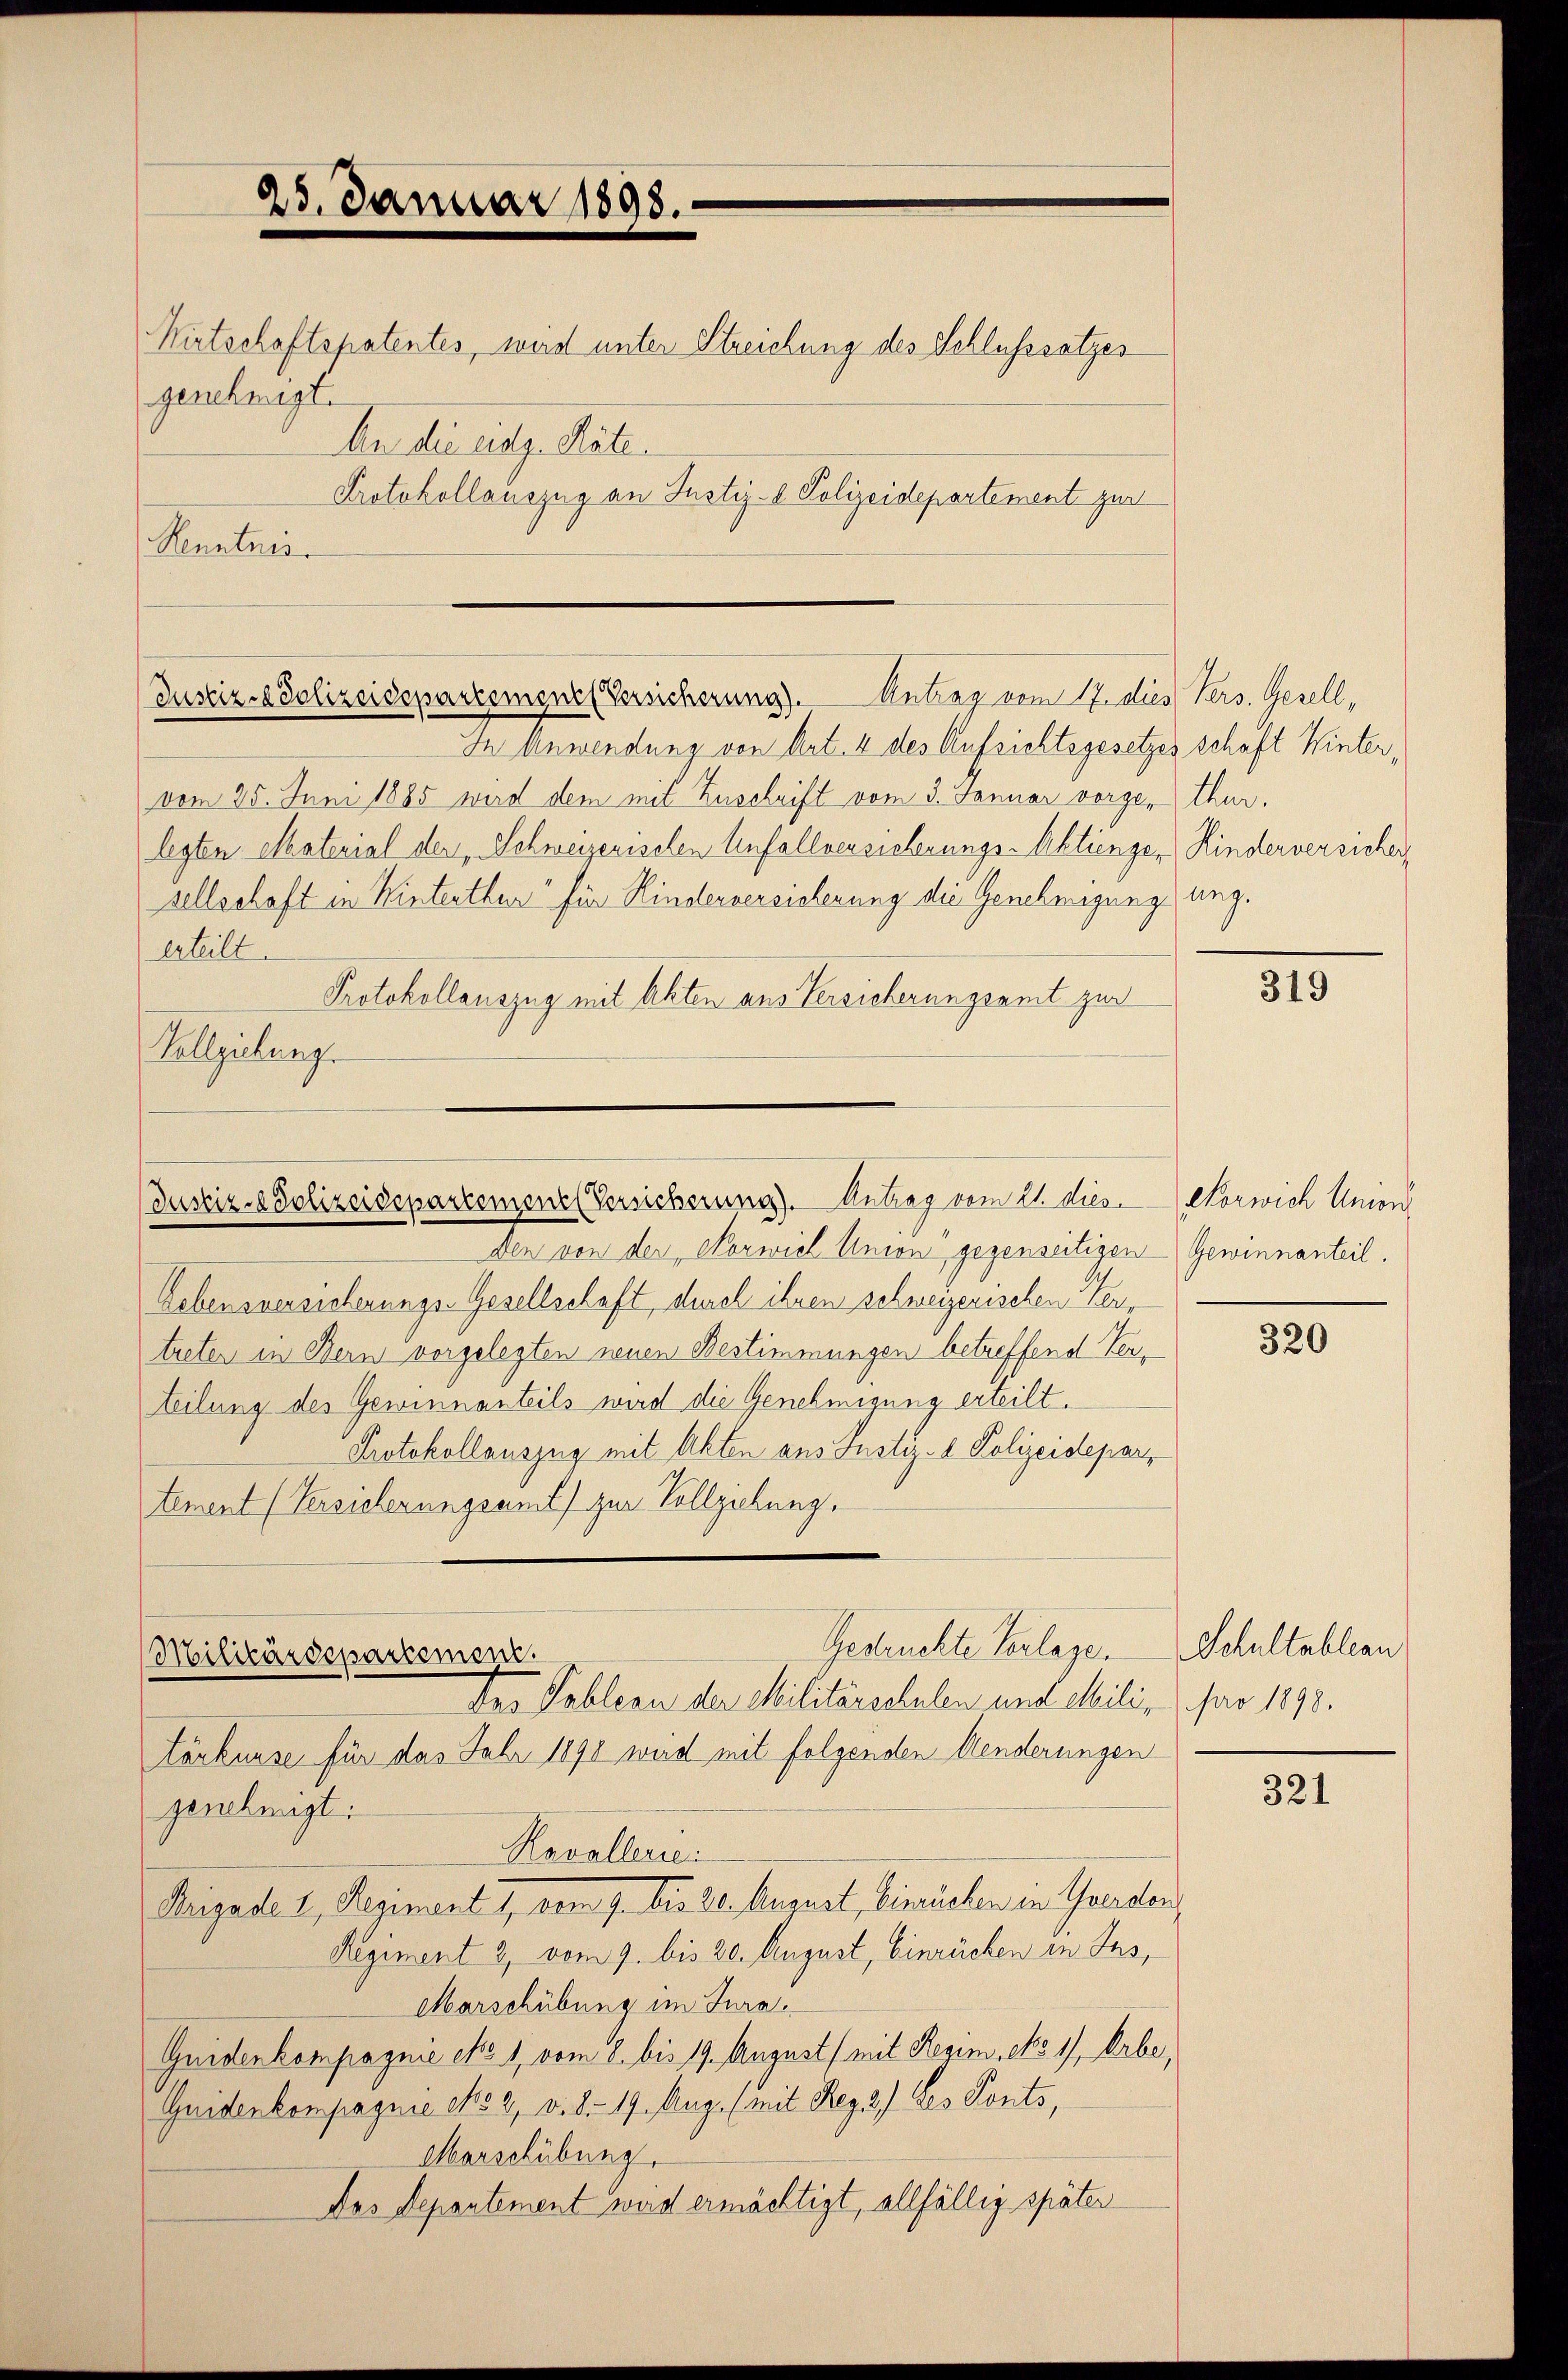
Protokollauszug an Justiz- & Polizeidepartement zur
Rnaturer

25. Januar 1898.

Justiz- & Polizeidepartemene Versicherung). Antrag vom Studies Vers. Gesell,

Wirtschaftspatentes, wird unter Streichung des Schlusssatzes
genehmigt.
An die eidg. Räte.

In Anwendung von Art. 4 des Aufsichtsgesetzes schaft Wintervom 25. Juni 1885 wird dem mit Zuschrift vom 3. Januar vorge-thur.
legten Material der Schweizerischen Anfallversicherungs-Aktienger, Kinderversicher
sellschaft in Winterthur für Kinderversicherung die Genehmigung ung.
erteilt.
Protokollauszug mit Akten aus Versicherungsamt zur
Vollziehung.

Den von der Norwiel Union gegenseitigen Gewinnanteil.
Lebensversicherungs-Gesellschaft, durch ihren schweizerischen Vertreten in Bern vorgelegten neuen Bestimmungen betreffend Verteilung des Gewinnanteils wird die Genehmigung erteilt.
Protokollauszug mit Akten aus Justiz- & Polizeidepartement (Versicherungsamt zur Vollziehung.

Justiz- & Polizeidepartemene Versicherung). Antrag vom 21. Dien

Gestruckte Vorlage. Schultableau
Militärdepartement.
Der Tableau der Militärschulen und Mili far 1898.

törkurse für das Jahr 1890 wird mit folgenden Aenderungen
genehmigt:
Kavallerie:
Brigade 1, Regiment 1, vom 9. bis 20. August, binrüchen in Yverden
Regiment 3, vom 9. bis 20. August, Einrücken in Ins,
Marschübung im Jura.
Guidenkompagnie eo 1, vom 8. bis 19. August mit Regim No 1, Erbe,
Guiderkompagnie No 2, v. 8. 19. Aug. (mit Reg. 3) des Ponts,
Marschübung.
Das Departement wird ermächtigt, allfällig später

319

Norwich Unior

320

321